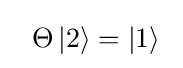
~~\Theta \left|2\right\rangle =\left|1\right\rangle \